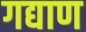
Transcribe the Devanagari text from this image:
गद्याण